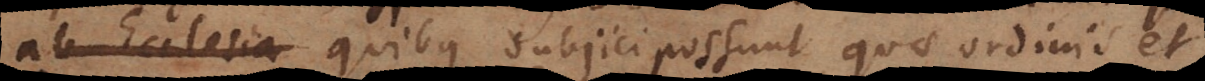
de Eucharistia), quibus subjici possunt quae ordinis et